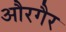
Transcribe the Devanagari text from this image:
औरगैर